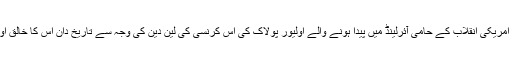
امیر ترین تاجر اور امریکی انقلاب کے حامی آئرلینڈ میں پیدا ہونے والے اولیور پولاک کی اس کرنسی کی لین دین کی وجہ سے تاریخ دان اس کا خالق اولیور کو مانتے ہیں۔